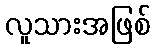
လူသားအဖြစ်